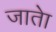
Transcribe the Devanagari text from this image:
जातेा